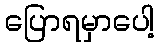
ပြောရမှာပေါ့